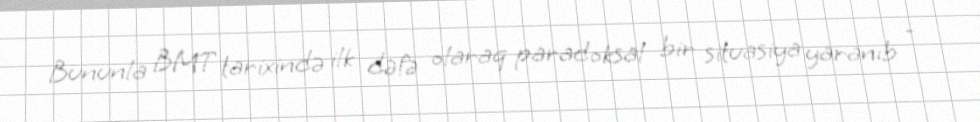
Bununla BMT tarixində ilk dəfə olaraq paradoksal bir situasiya yaranıb -